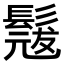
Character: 𮫎